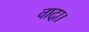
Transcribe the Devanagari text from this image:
वादा।